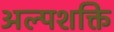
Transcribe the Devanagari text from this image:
अल्‍पशक्ति